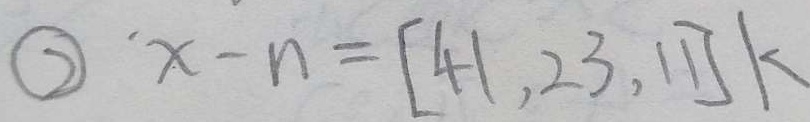
\textcircled { 2 } x - n = [ 4 1 , 2 3 , 1 1 ] k